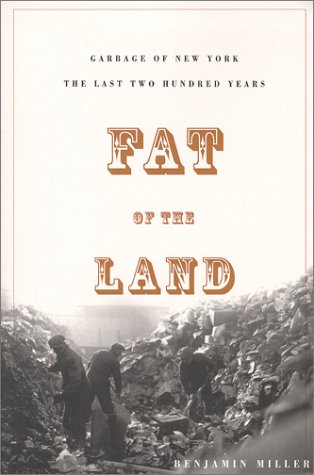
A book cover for Fat of the Land: Garbage of New York -- The Last Two Hundred Years; Benjamin Miller; Science & Math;